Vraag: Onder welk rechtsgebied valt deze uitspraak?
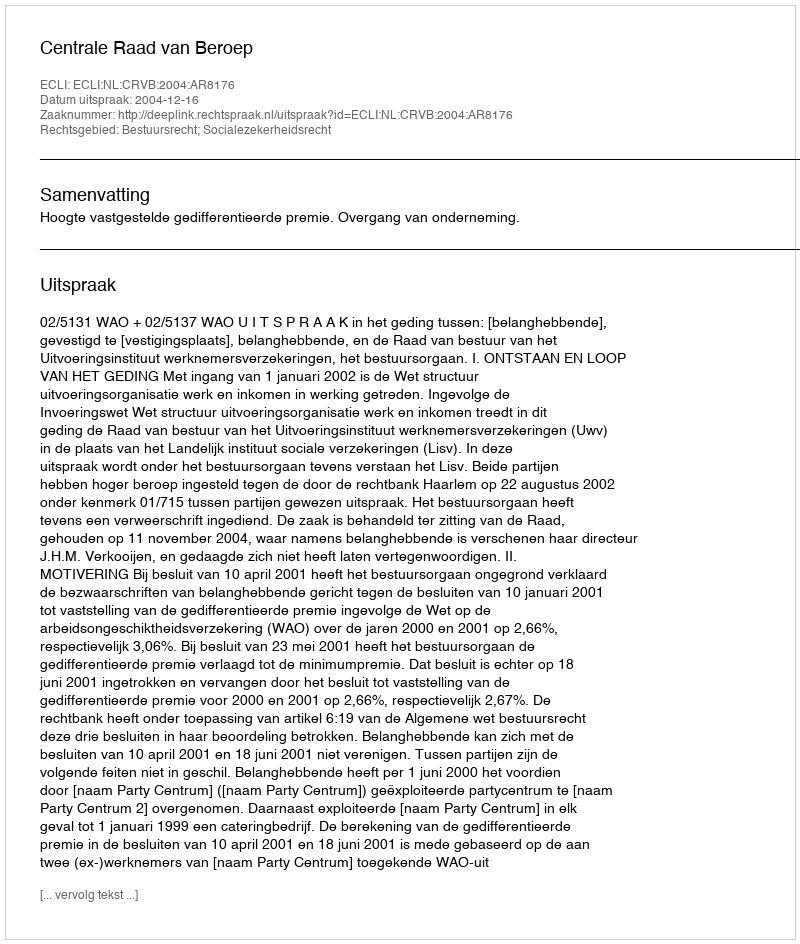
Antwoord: Bestuursrecht; Socialezekerheidsrecht